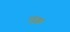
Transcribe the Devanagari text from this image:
लूक्का